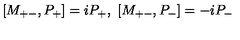
[ M _ { + - } , P _ { + } ] = i P _ { + } , \ [ M _ { + - } , P _ { - } ] = - i P _ { - }